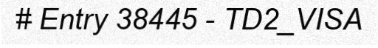
# Entry 38445 - TD2_VISA